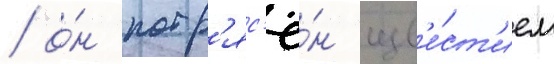
/ о́н потр'яс'ё́н изв'е́ст'ием